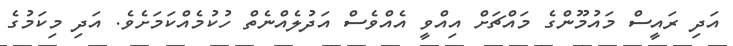
އަދި ރައީސް މައުމޫންގެ މައްޗަށް އިއްވީ އެއްވެސް އަދުލެއްނެތް ހުކުމެއްކަމަށެވެ. އަދި މިކަމުގެ